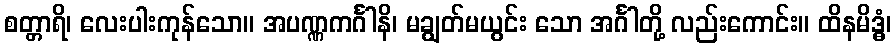
စတ္တာရိ၊ လေးပါးကုန်သော။ အပဏ္ဏကင်္ဂါနိ၊ မချွတ်မယွင်း သော အင်္ဂါတို့ လည်းကောင်း။ ထိနမိဒ္ဓံ၊